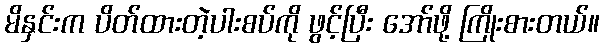
မိနှင်းက ပိတ်ထားတဲ့ပါးစပ်ကို ဖွင့်ပြီး အော်ဖို့ ကြိုးစားတယ်။